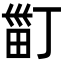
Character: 𤱹